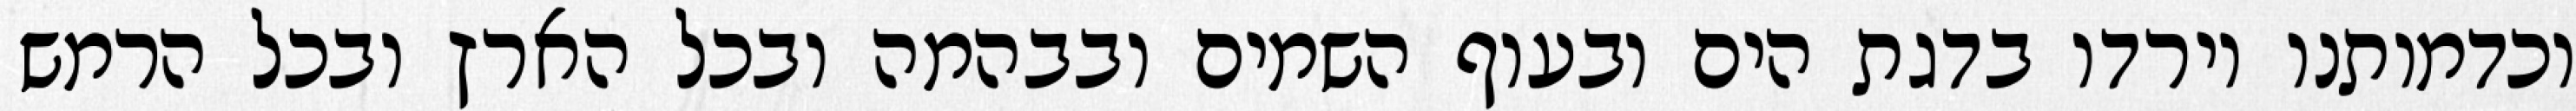
וכדמותנו וירדו בדגת הים ובעוף השמים ובבהמה ובכל הארץ ובכל הרמש